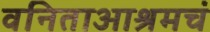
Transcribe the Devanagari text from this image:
वनिताआश्रमचं